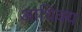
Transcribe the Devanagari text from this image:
आधिक्‍य